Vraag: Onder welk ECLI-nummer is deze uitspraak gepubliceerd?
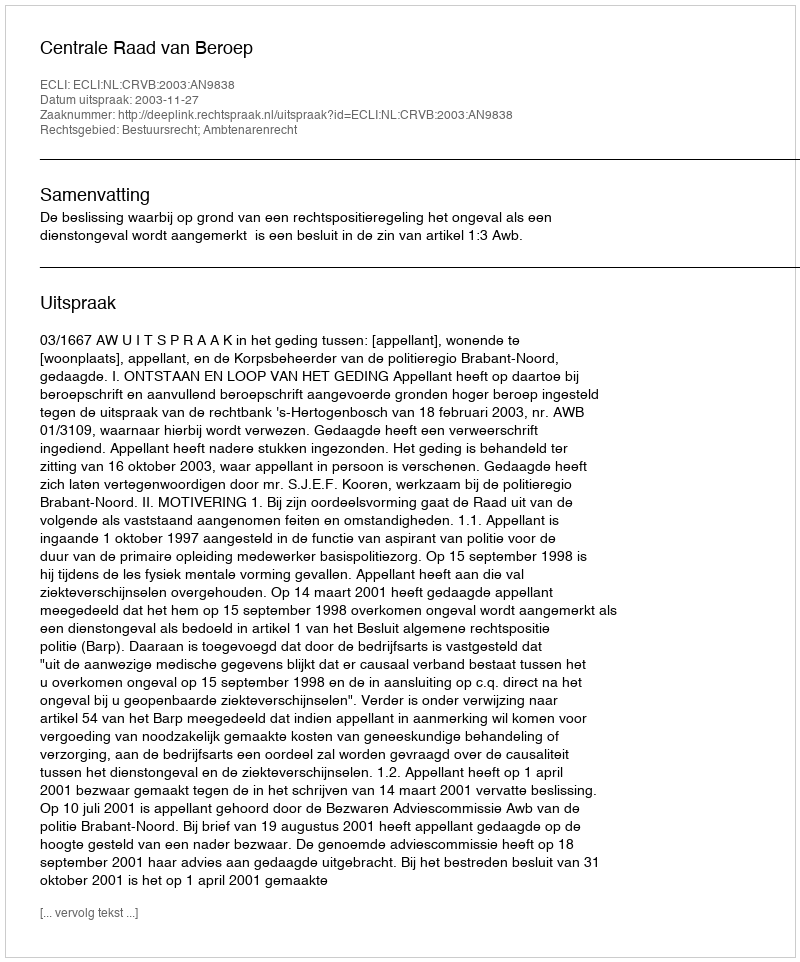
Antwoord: ECLI:NL:CRVB:2003:AN9838